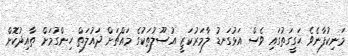
މަނިކުފާނެވެ ޙަގީގަތުގައި ވެސް އަޅުގަނޑު ލާމަރުކަޒީ އުސޫލުތަކުގެ މައްޗަށް ދައުލަތް ހިންގުމަށް ތާއިދުކޮށް